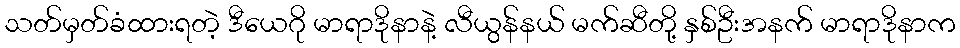
သတ်မှတ်ခံထားရတဲ့ ဒီယေဂို မာရာဒိုနာနဲ့ လီယွန်နယ် မက်ဆီတို့ နှစ်ဦးအနက် မာရာဒိုနာက